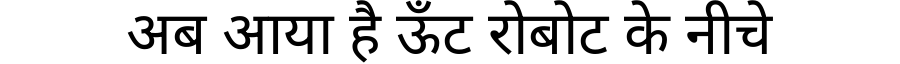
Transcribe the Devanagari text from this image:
अब आया है ऊँट रोबोट के नीचे